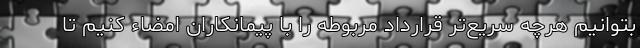
بتوانیم هرچه سریع‌تر قرارداد مربوطه را با پیمانکاران امضاء کنیم تا